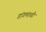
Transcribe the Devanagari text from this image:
डांगमाळी